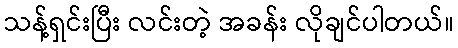
သန့်ရှင်းပြီး လင်းတဲ့ အခန်း လိုချင်ပါတယ်။